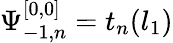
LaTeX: \Psi_{-1,n}^{[0,0]}=t_{n}(l_{1})